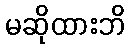
မဆိုထားဘိ